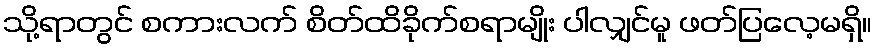
သို့ရာတွင် စကားလက် စိတ်ထိခိုက်စရာမျိုး ပါလျှင်မူ ဖတ်ပြလေ့မရှိ။